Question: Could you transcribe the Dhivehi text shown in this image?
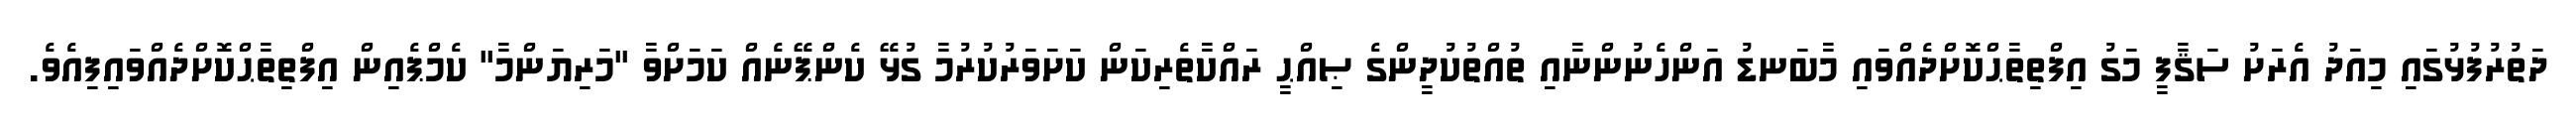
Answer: ދަތުރުފުޅުގައި މިއަދު އެރަށު ސަޤާފީ މަގު އިފްތިތާޙްކޮށްދެއްވައި މާބަނޑު އަންހެނުންނާއި ތުއްތުކުދީންގެ ޞިއްޙީ ރައްކާތެރިކަން ކަށަވަރުކުރުމާ ގުޅޭ ކެންޕޭނެއް ކަމަށްވާ "މަރިޔަންމާ" ކެމްޕެއިން އިފްތިތާޙްކޮށްދެއްވައިފިއެވެ.